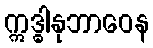
ဣဒ္ဓါနုဘာဝေန